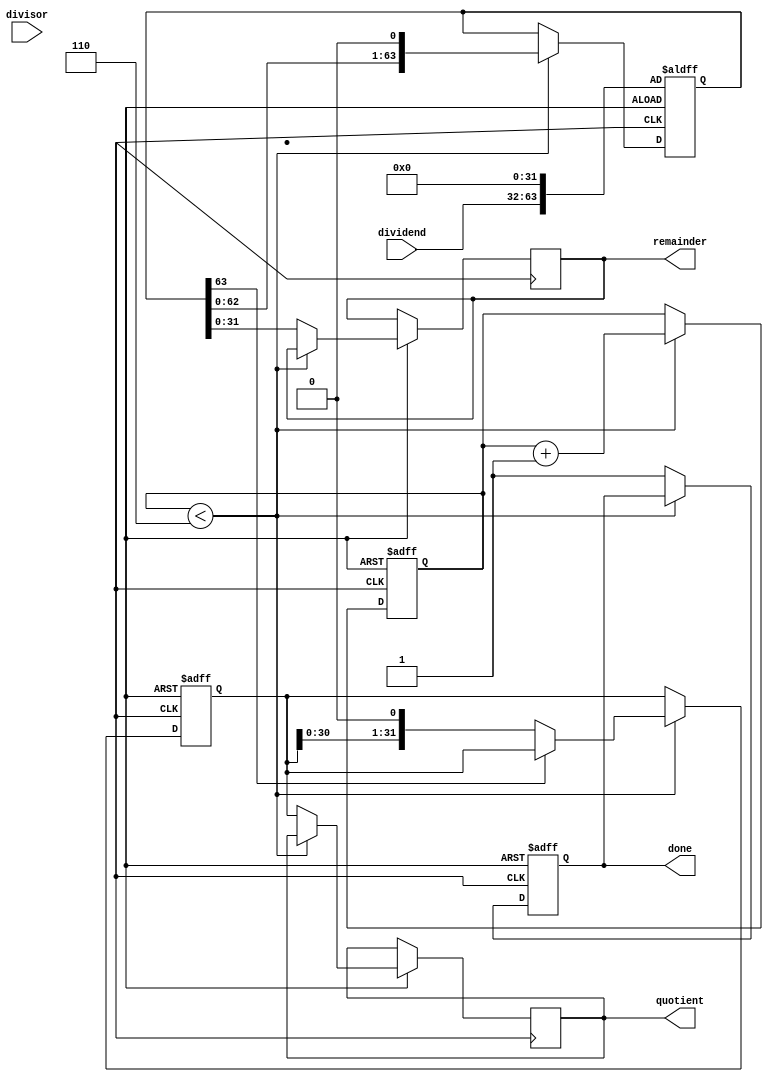
module non_restoring_divider (
    input wire [31:0] dividend,
    input wire [31:0] divisor,
    output reg [31:0] quotient,
    output reg [31:0] remainder,
    output reg done
);

reg [63:0] rem;
reg [31:0] div;
reg [31:0] q;
reg [5:0] count;

always @ (posedge clk or negedge rst_n) begin
    if (~rst_n) begin
        rem <= {dividend, 32'b0};
        div <= divisor;
        q <= 32'b0;
        count <= 6'b0;
        done <= 0;
    end else begin
        if (count < 6) begin
            if (rem[63]) begin
                rem <= rem + {32'b0, div};
            end else begin
                rem <= rem - {32'b0, div};
                q <= {q, 1'b0};
            end
            rem <= rem << 1;
            count <= count + 1;
        end else begin
            quotient <= q;
            remainder <= rem[31:0];
            done <= 1;
        end
    end
end

endmodule